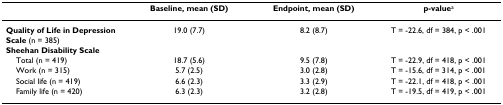
<table><thead><tr><td></td><td><b>Baseline, mean (SD)</b></td><td><b>Endpoint, mean (SD)</b></td><td><b>p-value<sup>a</sup></b></td></tr></thead><tbody><tr><td><b>Quality of Life in Depression Scale </b>(n = 385)</td><td>19.0 (7.7)</td><td>8.2 (8.7)</td><td>T = -22.6, df = 384, p &lt; .001</td></tr><tr><td><b>Sheehan Disability Scale</b></td><td></td><td></td><td></td></tr><tr><td> Total (n = 419)</td><td>18.7 (5.6)</td><td>9.5 (7.8)</td><td>T = -22.9, df = 418, p &lt; .001</td></tr><tr><td> Work (n = 315)</td><td>5.7 (2.5)</td><td>3.0 (2.8)</td><td>T = -15.6, df = 314, p &lt; .001</td></tr><tr><td> Social life (n = 419)</td><td>6.6 (2.3)</td><td>3.3 (2.9)</td><td>T = -22.1, df = 418, p &lt; .001</td></tr><tr><td> Family life (n = 420)</td><td>6.3 (2.3)</td><td>3.2 (2.8)</td><td>T = -19.5, df = 419, p &lt; .001</td></tr></tbody></table>